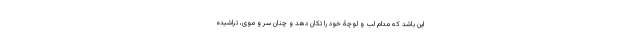
این باشد که مدام لب و لوچۀ خود را تکان دهد و چنان سر و موی، تراشیده